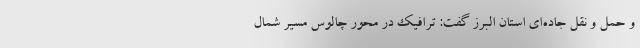
و حمل و نقل جاده‌ای استان البرز گفت: ترافیک در محور چالوس مسیر شمال